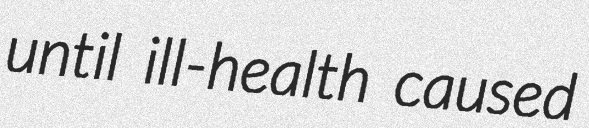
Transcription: until ill-health caused